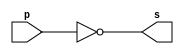
// PUC Minas - Ciencia da Computacao - Arquitetura de Computadores I
// Exemplo0002 - NOT 
// Nome: Ana Cristina P. Teixeira 

// ------------------------- 
// -- not gate 
// ------------------------- 
module notgate (output s, input p); 
	assign s = ~p;
endmodule // notgate

// ------------------------- 
// -- test not gate 
// ------------------------- 
module testnotgate; 
// ------------------------- dados locais 
	reg a; // definir registrador 
	// (variavel independente) 
	wire s; // definir conexao (fio) 
	// (variavel dependente ) 
// ------------------------- instancia 
	notgate NOT1 (s, a); 
// ------------------------- preparacao 
	initial begin:start 
		a = 0; // valor inicial 
	end
// ------------------------- parte principal 
	initial begin 
		$display("Exemplo0002 - Ana Cristina - 427385");
		$display("Test NOT gate"); 
		$display("\n~a = s\n"); 
		a = 0;
		// mudar uma unidade de tempo e registrador = 1
		#1 $display("~%b = %b", a, s);
		a = 1;
		// mudar uma unidade de tempo e encerrar 
		#1 $display("~%b = %b", a, s); 
	end 
endmodule // testnotgate